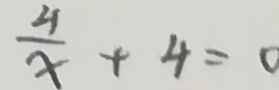
\frac { 4 } { x } + 4 = 0